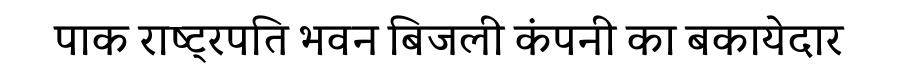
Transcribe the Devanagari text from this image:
पाक राष्ट्रपति भवन बिजली कंपनी का बकायेदार